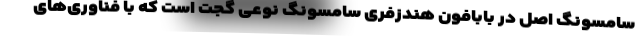
سامسونگ اصل در بابافون هندزفری سامسونگ نوعی گجت است که با فناوری‌های